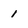
Character: i